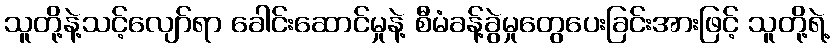
သူတို့နဲ့သင့်လျော်ရာ ခေါင်းဆောင်မှုနဲ့ စီမံခန့်ခွဲမှုတွေပေးခြင်းအားဖြင့် သူတို့ရဲ့